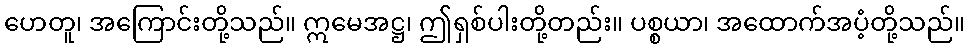
ဟေတူ၊ အကြောင်းတို့သည်။ ဣမေအဋ္ဌ၊ ဤရှစ်ပါးတို့တည်း။ ပစ္စယာ၊ အထောက်အပံ့တို့သည်။